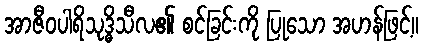
အာဇီဝပါရိသုဒ္ဓိသီလ၏ စင်ခြင်းကို ပြုသော အဟန်ဖြင့်။